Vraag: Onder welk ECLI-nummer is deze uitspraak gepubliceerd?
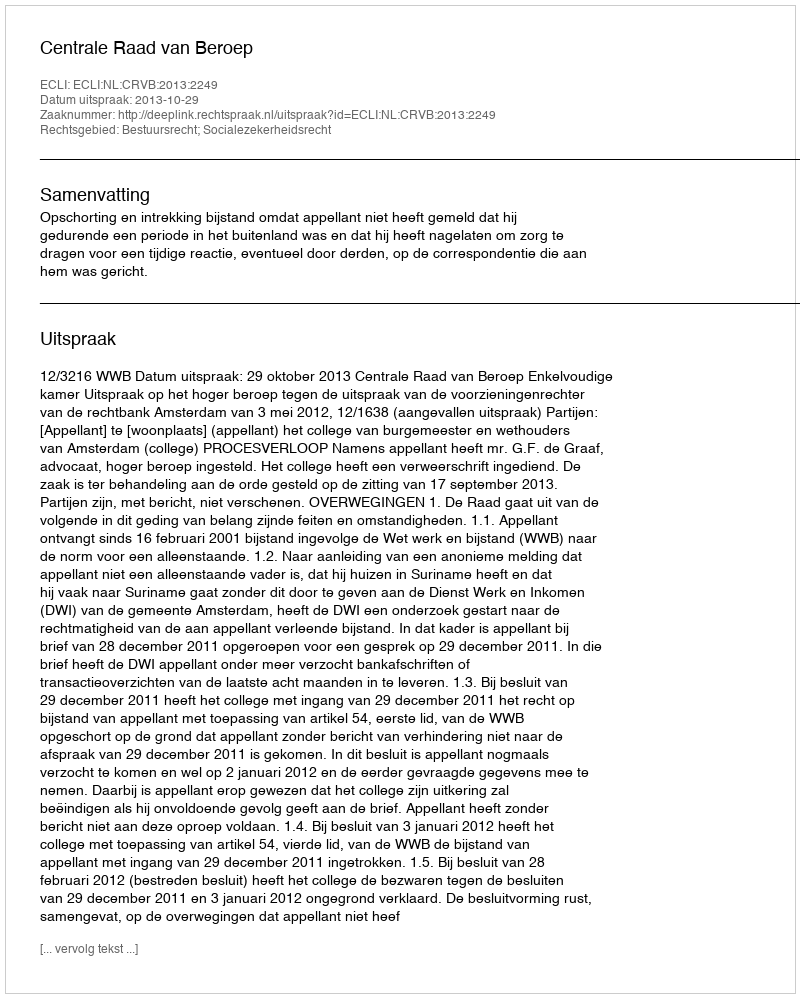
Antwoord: ECLI:NL:CRVB:2013:2249